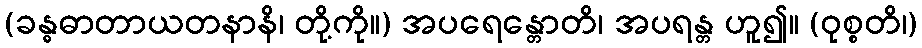
(ခန္ဓဓာတာယတနာနိ၊ တို့ကို။) အပရေန္တောတိ၊ အပရန္တ ဟူ၍။ (ဝုစ္စတိ၊)